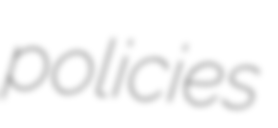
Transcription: policies